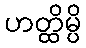
ဟတ္ထိမ္ပိ